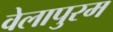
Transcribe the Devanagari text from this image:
वेलापुरम